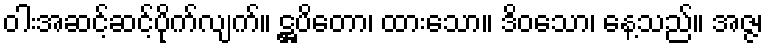
ဝါးအဆင့်ဆင့်ပိုက်လျက်။ ဋ္ဌပိတော၊ ထားသော။ ဒိဝသော၊ နေ့သည်။ အဇ္ဇ၊